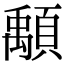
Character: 𩔔